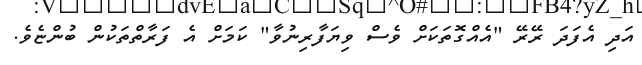
އަދި އެފަދަ ރޭރޭ "އެއްގޮތަކަށް ވެސް ވިޔަފާރިނުވާ" ކަމަށް އެ ފަރާތްތަކުން ބުންޏެވެ.